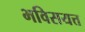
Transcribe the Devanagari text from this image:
भविसयत्त